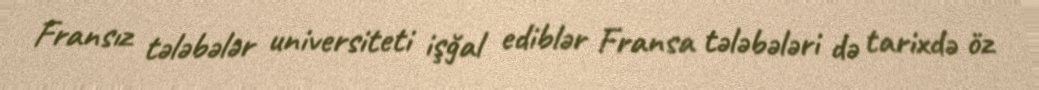
Fransız tələbələr universiteti işğal ediblər Fransa tələbələri də tarixdə öz